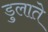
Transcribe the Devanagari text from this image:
डुलाते